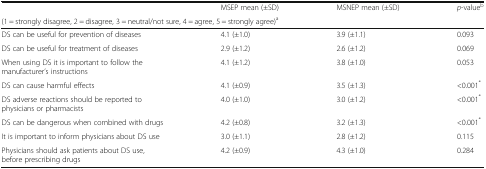
<table><thead><tr><td></td><td><b>MSEP mean (±SD)</b></td><td><b>MSNEP mean (±SD)</b></td><td><b><i>p</i>-value<sup>b</sup></b></td></tr><tr><td colspan="4"><b>(1 = strongly disagree, 2 = disagree, 3 = neutral/not sure, 4 = agree, 5 = strongly agree)<sup>a</sup></b></td></tr></thead><tbody><tr><td>DS can be useful for prevention of diseases</td><td>4.1 (±1.0)</td><td>3.9 (±1.1)</td><td>0.093</td></tr><tr><td>DS can be useful for treatment of diseases</td><td>2.9 (±1.2)</td><td>2.6 (±1.2)</td><td>0.069</td></tr><tr><td>When using DS it is important to follow the manufacturer’s instructions</td><td>4.1 (±1.2)</td><td>3.8 (±1.0)</td><td>0.053</td></tr><tr><td>DS can cause harmful effects</td><td>4.1 (±0.9)</td><td>3.5 (±1.3)</td><td>&lt;0.001<sup>*</sup></td></tr><tr><td>DS adverse reactions should be reported to physicians or pharmacists</td><td>4.0 (±1.0)</td><td>3.0 (±1.2)</td><td>&lt;0.001<sup>*</sup></td></tr><tr><td>DS can be dangerous when combined with drugs</td><td>4.2 (±0.8)</td><td>3.2 (±1.3)</td><td>&lt;0.001<sup>*</sup></td></tr><tr><td>It is important to inform physicians about DS use</td><td>3.0 (±1.1)</td><td>2.8 (±1.2)</td><td>0.115</td></tr><tr><td>Physicians should ask patients about DS use, before prescribing drugs</td><td>4.2 (±0.9)</td><td>4.3 (±1.0)</td><td>0.284</td></tr></tbody></table>